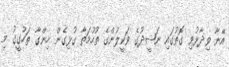
އޭނާ ވިދާޅުވި ގޮތުގައި ނަޝީދުގެ ވަކީލުންގެ ތުހުމަތާ ގުޅިގެން ހިންގާ ތަހުގީގު މި